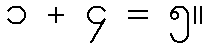
၁ + ၄ = ၅။